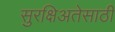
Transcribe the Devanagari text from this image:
सुरक्षिअतेसाठी